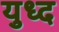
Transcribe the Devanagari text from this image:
युध्‍द